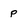
Character: p